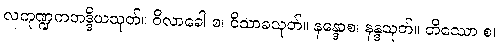
လကုဏ္ဍကဘဒ္ဒိယသုတ်။ ဝိလာခေါ စ၊ ဝိသာခသုတ်။ နန္ဒောစ၊ နန္ဒသုတ်။ တိဿော စ၊